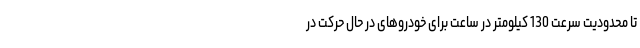
تا محدودیت سرعت 130 کیلومتر در ساعت برای خودروهای در حال حرکت در